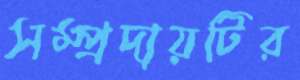
সম্প্রদায়টির